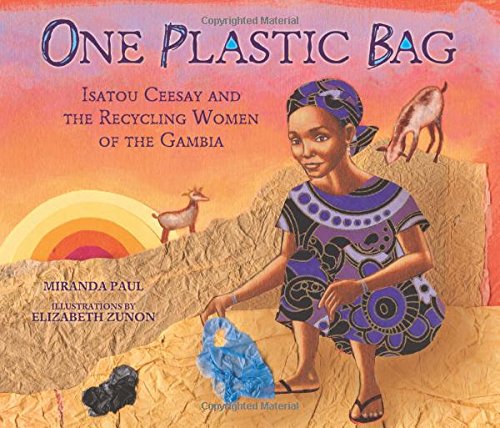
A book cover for One Plastic Bag: Isatou Ceesay and the Recycling Women of the Gambia (Millbrook Picture Books); Miranda Paul; Business & Money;